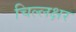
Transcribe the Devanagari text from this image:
चिल्लक्षर